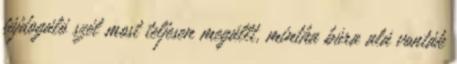
fújdogáló szél most teljesen megállt, mintha búra alá vonták